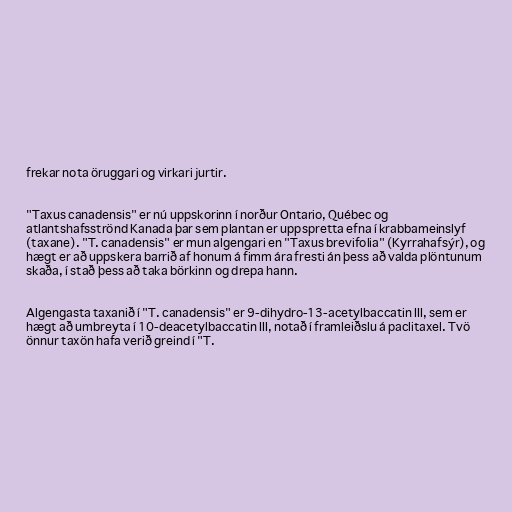
frekar nota öruggari og virkari jurtir.

"Taxus canadensis" er nú uppskorinn í norður Ontario, Québec og
atlantshafsströnd Kanada þar sem plantan er uppspretta efna í krabbameinslyf
(taxane). "T. canadensis" er mun algengari en "Taxus brevifolia" (Kyrrahafsýr), og
hægt er að uppskera barrið af honum á fimm ára fresti án þess að valda plöntunum
skaða, í stað þess að taka börkinn og drepa hann.

Algengasta taxanið í "T. canadensis" er 9-dihydro-13-acetylbaccatin III, sem er
hægt að umbreyta í 10-deacetylbaccatin III, notað í framleiðslu á paclitaxel. Tvö
önnur taxön hafa verið greind í "T.